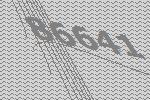
86641